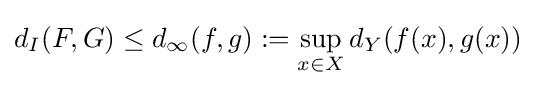
d_{I}(F,G)\leq d_{\infty }(f,g):=\sup _{x\in X}d_{Y}(f(x),g(x))